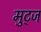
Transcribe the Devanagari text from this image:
मुट्‌ज